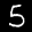
Label: 5